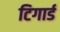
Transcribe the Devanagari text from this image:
टिगार्ड